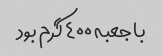
با جعبه ۴۰۰ گرم بود